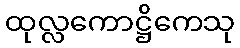
ထုလ္လကောဋ္ဌိကေသု